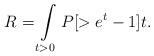
LaTeX: \begin{align*}R=\int\limits_{t>0}P[>e^t-1]t.\end{align*}